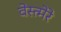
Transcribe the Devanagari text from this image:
वेस्त्मेरे